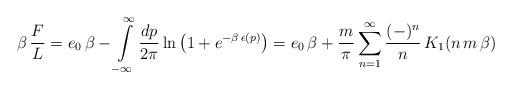
LaTeX: \begin{align*}\beta\,{F\over L} = e_0\,\beta -\int\limits_{-\infty}^\infty {dp\over 2\pi} \ln\left(1+ e^{-\beta\,\epsilon(p)}\right) = e_0\, \beta + {m\over\pi} \sum_{n=1}^\infty {(-)^n\over n}\,K_1(n\,m\,\beta)\end{align*}